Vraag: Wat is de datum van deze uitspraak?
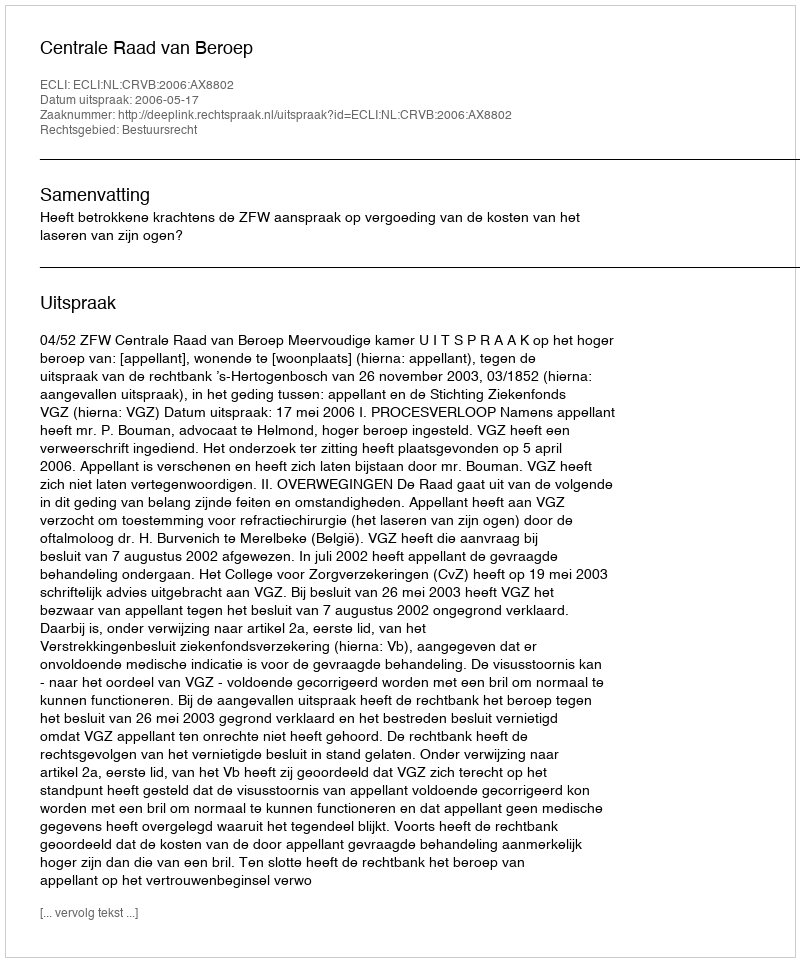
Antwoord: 2006-05-17